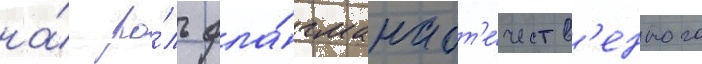
на́ ро́ль фла́гмана от'е́честв'енного